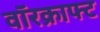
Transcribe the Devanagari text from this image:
वॉरक्राफ्ट